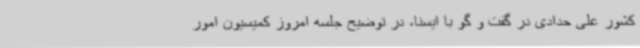
کشور علی حدادی در گفت و گو با ایسنا، در توضیح جلسه امروز کمیسیون امور